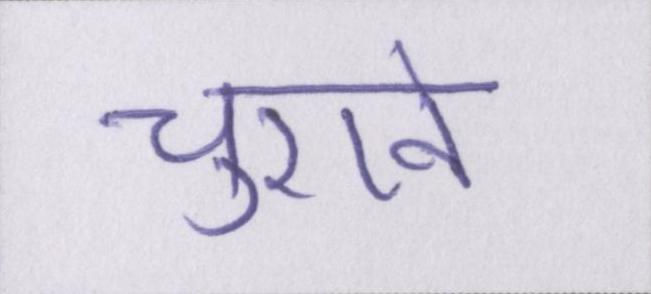
चुराने